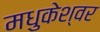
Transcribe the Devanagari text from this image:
मधुकेश्वर